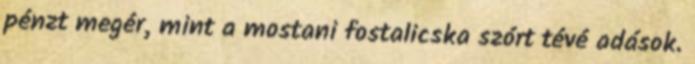
pénzt megér, mint a mostani fostalicska szórt tévé adások.